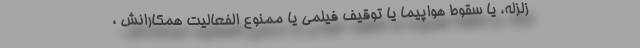
زلزله، یا سقوط هواپیما یا توقیف فیلمی یا ممنوع الفعالیت همکارانش ،